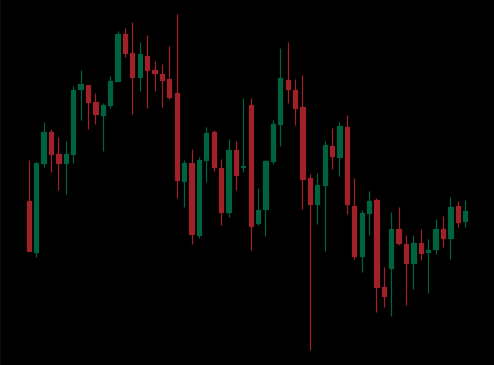
Pattern: unclassified